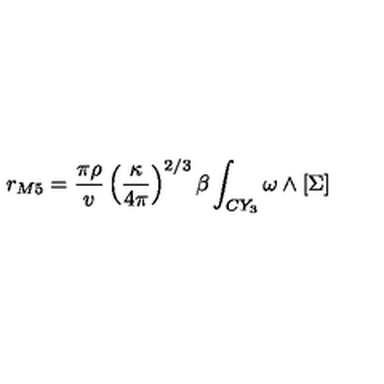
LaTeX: r _ { M 5 } = \frac { \pi \rho } { v } \left( \frac { \kappa } { 4 \pi } \right) ^ { 2 / 3 } \beta \int _ { C Y _ { 3 } } \omega \wedge [ \Sigma ]